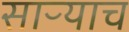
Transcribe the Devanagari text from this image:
साऱ्याच